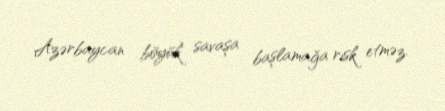
Azərbaycan böyük savaşa başlamağa risk etməz.